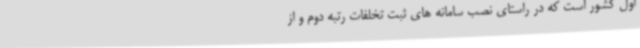
اول کشور است که در راستای نصب سامانه های ثبت تخلفات رتبه دوم و از